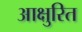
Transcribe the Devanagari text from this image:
आक्षुरित